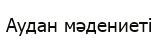
Аудан мәдениеті